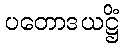
ပတောဒယဋ္ဌိံ